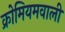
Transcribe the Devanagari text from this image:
क्रोमियमवाली